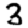
Digit: 3